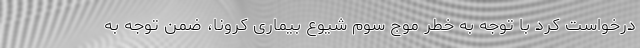
درخواست کرد با توجه به خطر موج سوم شیوع بیماری کرونا، ضمن توجه به